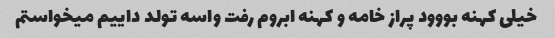
خیلی کهنه بووود پراز خامه و کهنه ابروم رفت واسه تولد داییم میخواستم